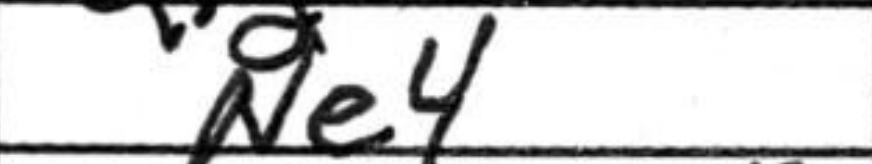
Transcription: Ne4